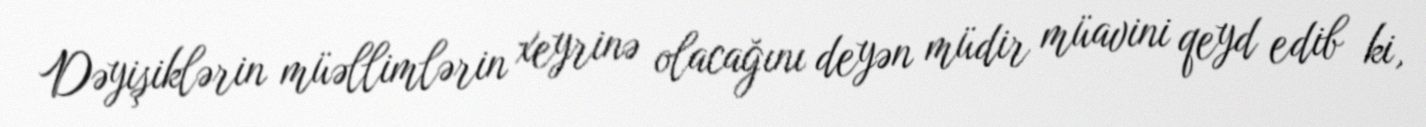
Dəyişiklərin müəllimlərin xeyrinə olacağını deyən müdir müavini qeyd edib ki,